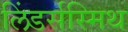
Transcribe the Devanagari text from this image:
लिंडर्सस्मिथ